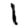
Digit: 1